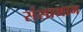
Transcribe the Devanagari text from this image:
संसामान